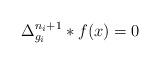
LaTeX: \begin{align*}\Delta_{g_i}^{n_i+1}*f(x)=0\,\end{align*}